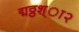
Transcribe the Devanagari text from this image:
द्मठ्ठश्ा२